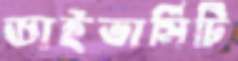
ডাইভার্সিটি